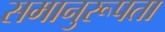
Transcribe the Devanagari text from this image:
समानुरूपता